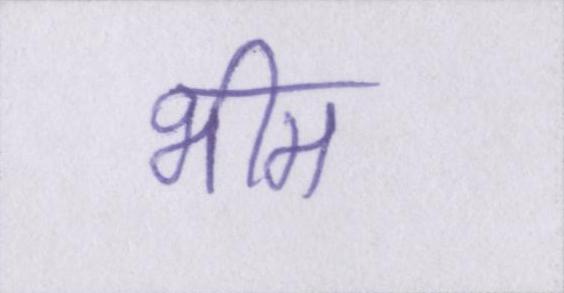
भीम